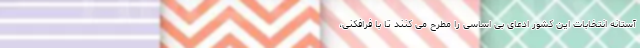
آستانه انتخابات این کشور ادعای بی اساسی را مطرح می کنند تا با فرافکنی،